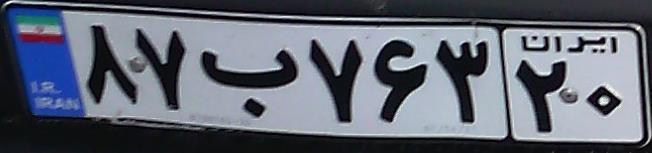
۸۷ب۷۶۳۲۰